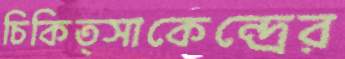
চিকিত্সাকেন্দ্রের